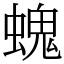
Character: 螝